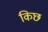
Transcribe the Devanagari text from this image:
किछ